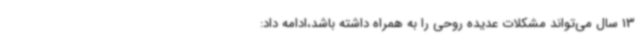
13 سال می‌تواند مشکلات عدیده روحی را به همراه داشته باشد،ادامه داد: